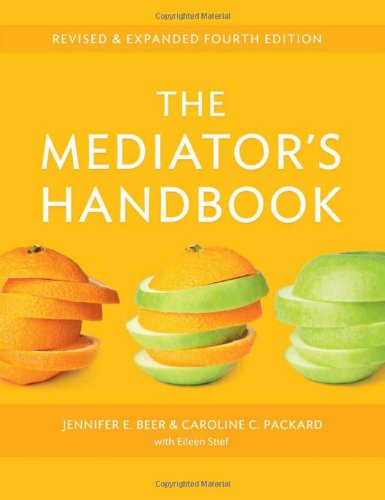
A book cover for The Mediator's Handbook: Revised & Expanded Fourth Edition; Jennifer E. Beer; Business & Money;